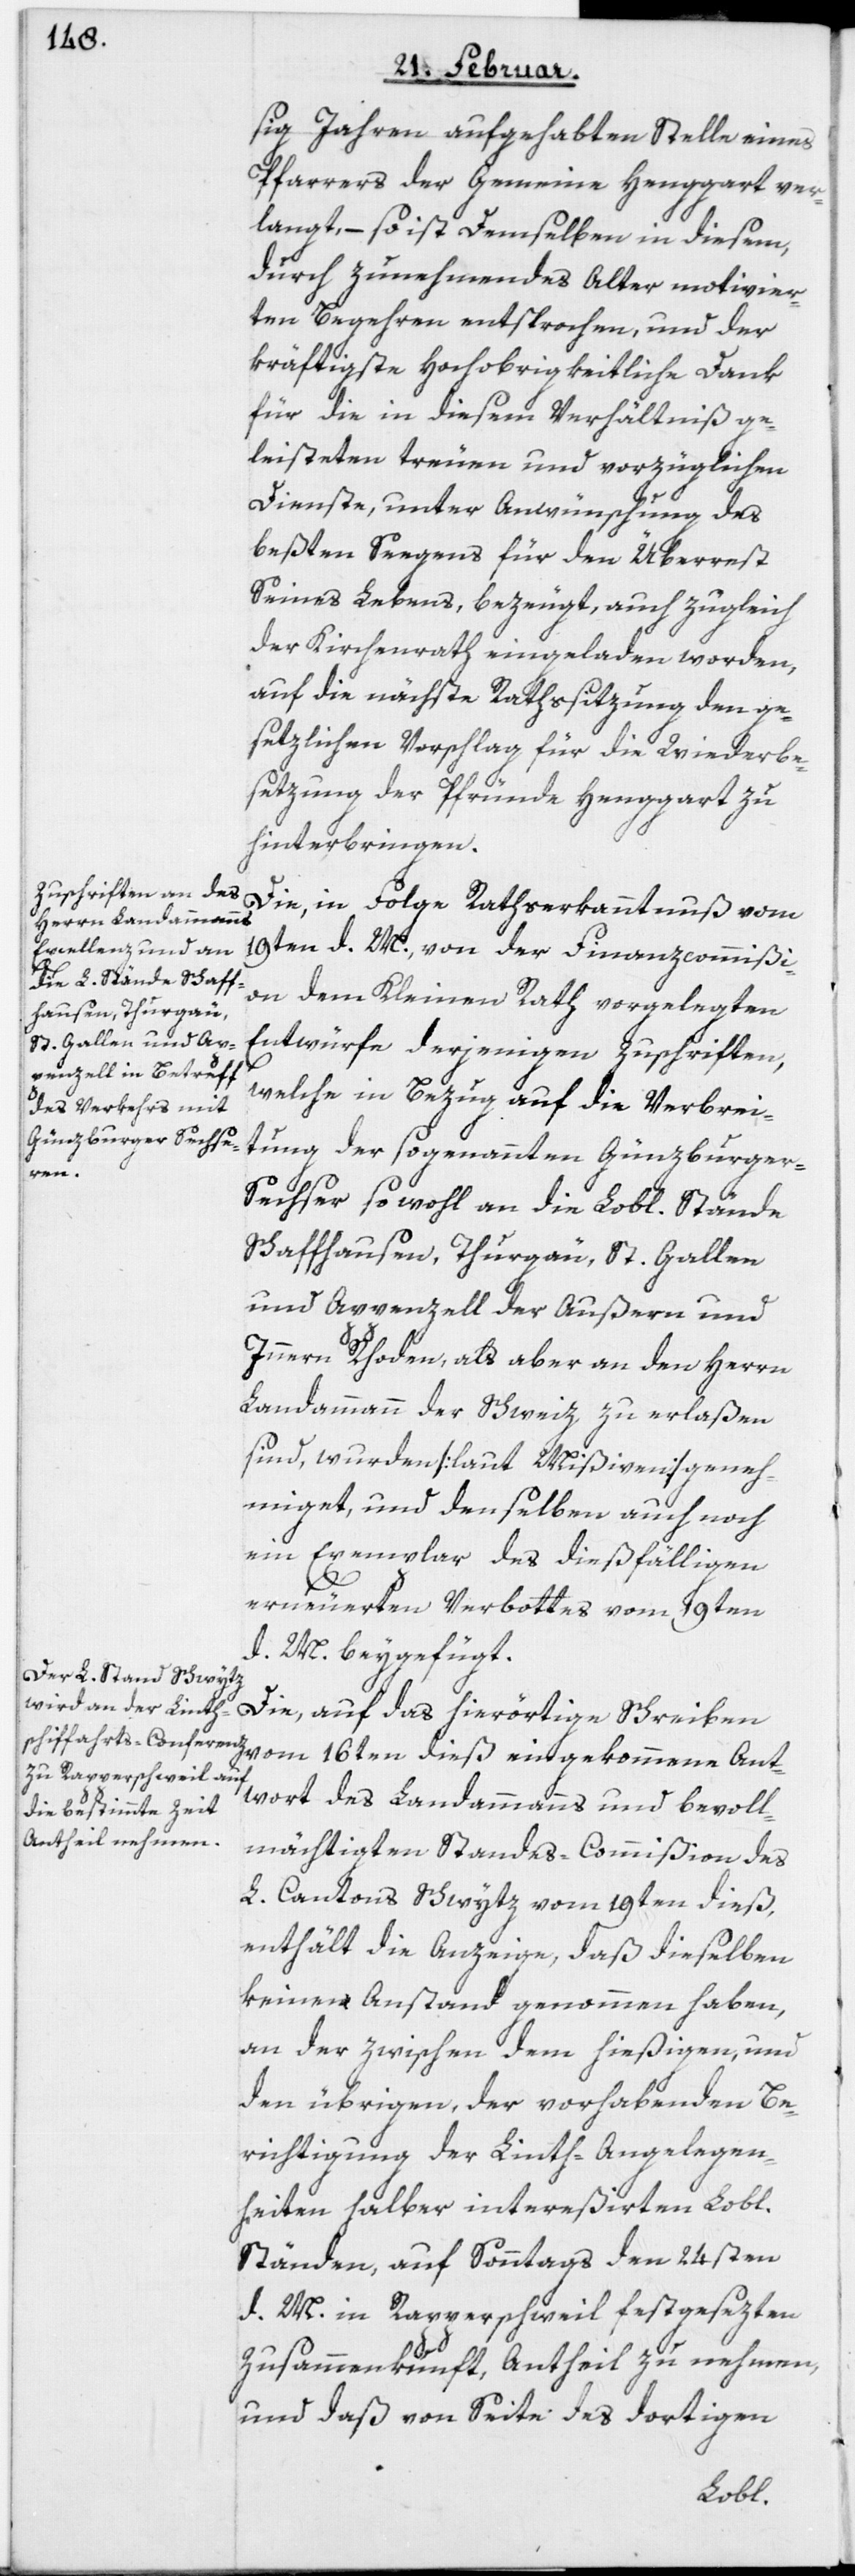
sig Jahren aufgehabten Stelle eines
Pfarrers der Gemeinde Henggart ver¬
langt, – so ist Demselben in diesem,
durch zunehmendes Alter motivier¬
ten Begehren entsprochen, und der
kräftigste Hochobrigkeitliche Dank
für die in diesem Verhältniß ge¬
leisteten treuen und vorzüglichen
Dienste, unter Anwünschung des
beßten Seegens für den Überrest
Seines Lebens, bezeugt, auch zugleich
der Kirchenrath eingeladen worden,
auf die nächste Rathssitzung den ge¬
setzlichen Vorschlag für die Wiederbe¬
setzung der Pfründe Henggart zu
hinterbringen.
Die, in Folge Rathserkanntnuß vom
19ten d. M., von der Finanzcommißi¬
on dem Kleinen Rath vorgelegten
Entwürfe derjenigen Zuschriften,
welche in Bezug auf die Verbrei¬
tung der sogenannten Günzburger-S¬
echser sowohl an die Lobl. Stände
Schaffhausen, Thurgau, St. Gallen
und Appenzell der Außern und
Innern Rhoden, als aber an den Herrn
Landammann der Schweiz zu erlaßen
sind, wurden [laut Mißiven] geneh¬
miget, und denselben auch noch
ein Exemplar des dießfälligen
erneuerten Verbottes vom 19ten
d. M. beygefügt.
Die, auf das hierörtige Schreiben
vom 16ten dieß eingekommene Ant¬
wort des Landammanns und bevoll¬
mächtigten Standes-Commißion des
L. Cantons Schwytz vom 19ten dieß,
enthält die Anzeige, daß dieselben
keinen Anstand genommen haben,
an der zwischen dem hießigen, und
den übrigen, der vorhabenden Be¬
richtigung der Linth-Angelegen¬
heiten halber intereßirten Lobl.
Ständen, auf Sonntags den 24sten
d. M. in Rapperschweil festgesezten
Zusammenkunft, Antheil zu nehmen,
und daß von Seite des dortigen